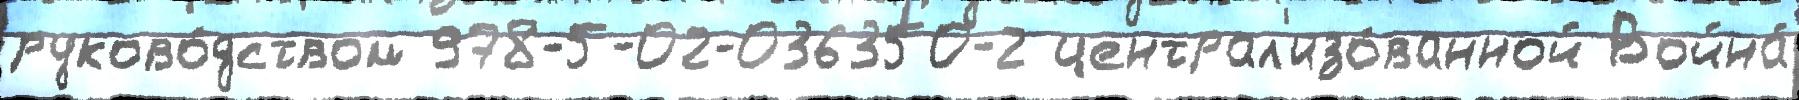
руково́дством 978-5-02-036350-2 централ'изо́ванной Война́